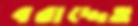
বরাদ্দেও